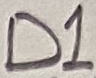
Text: D1